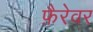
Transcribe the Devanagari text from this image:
फ़ैरेवर